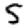
Digit: 5